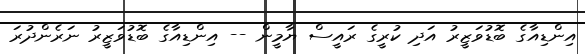
އިންޑިއާގެ ބޮޑުވަޒީރު އަދި ކުރީގެ ރައީސް ޔާމީން -- އިންޑިއާގެ ބޮޑުވަޒީރު ނަރެންދުރަ